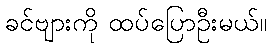
ခင်ဗျားကို ထပ်ပြောဦးမယ်။